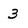
Character: 3